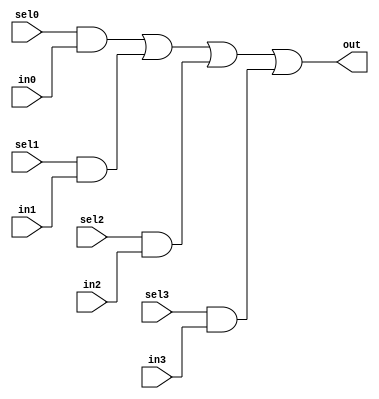
//#############################################################################
//# Function: 4:1 one hot mux                                                 #
//#############################################################################
//# Author:   Andreas Olofsson                                                #
//# License:  MIT (see LICENSE file in OH! repository)                        #
//#############################################################################

module asic_dmux4 #(parameter PROP = "DEFAULT")   (
    input  sel3,
    input  sel2,
    input  sel1,
    input  sel0,
    input  in3,
    input  in2,
    input  in1,
    input  in0,
    output out
    );

   assign out = sel0 & in0 |
		sel1 & in1 |
		sel2 & in2 |
		sel3 & in3;

endmodule